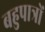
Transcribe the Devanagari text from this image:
बहुपात्रों